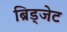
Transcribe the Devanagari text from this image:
ब्रिड्जेट